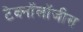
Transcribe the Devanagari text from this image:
टेक्नॉलॉजीस